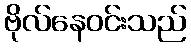
ဗိုလ်နေဝင်းသည်